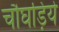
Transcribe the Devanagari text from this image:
चौघड़िये